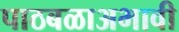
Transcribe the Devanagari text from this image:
पाठबळाअभावी